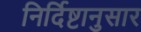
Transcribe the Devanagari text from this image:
निर्दिष्टानुसार